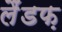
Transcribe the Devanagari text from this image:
लैंडफ़